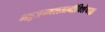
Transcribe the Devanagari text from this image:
भट्टजन्मशताब्दीविशेषाङ्कः